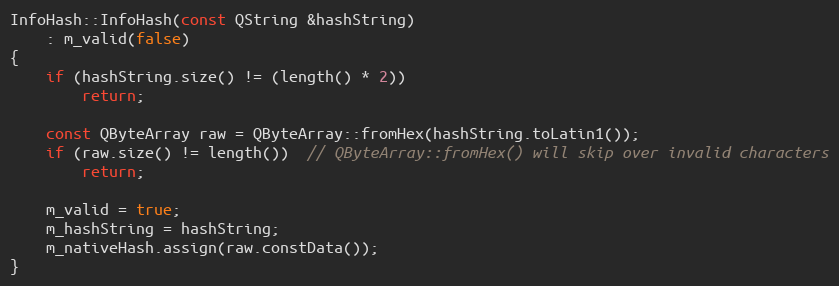
Language: C++
InfoHash::InfoHash(const QString &hashString)
    : m_valid(false)
{
    if (hashString.size() != (length() * 2))
        return;

    const QByteArray raw = QByteArray::fromHex(hashString.toLatin1());
    if (raw.size() != length())  // QByteArray::fromHex() will skip over invalid characters
        return;

    m_valid = true;
    m_hashString = hashString;
    m_nativeHash.assign(raw.constData());
}